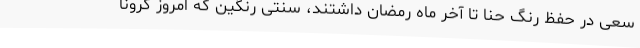
سعی در حفظ رنگ حنا تا آخر ماه رمضان داشتند، سنتی رنگین که امروز کرونا